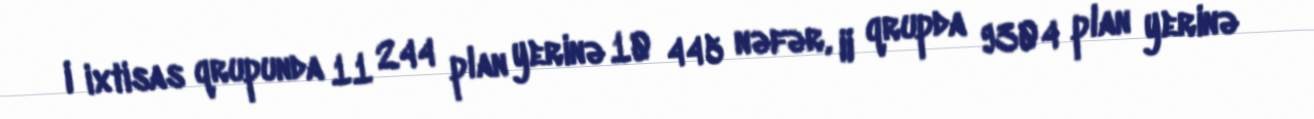
I ixtisas qrupunda 11 244 plan yerinə 10 445 nəfər, II qrupda 9304 plan yerinə